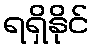
ရရှိနိုင်